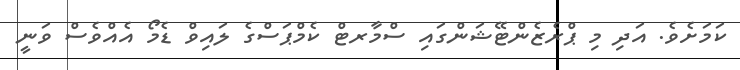
ކަމަށެވެ. އަދި މި ޕްރެޒެންޓޭޝަންގައި ސްމާރޓް ކެމްޕަސްގެ ލައިވް ޑެމޯ އެއްވެސް ވަނީ